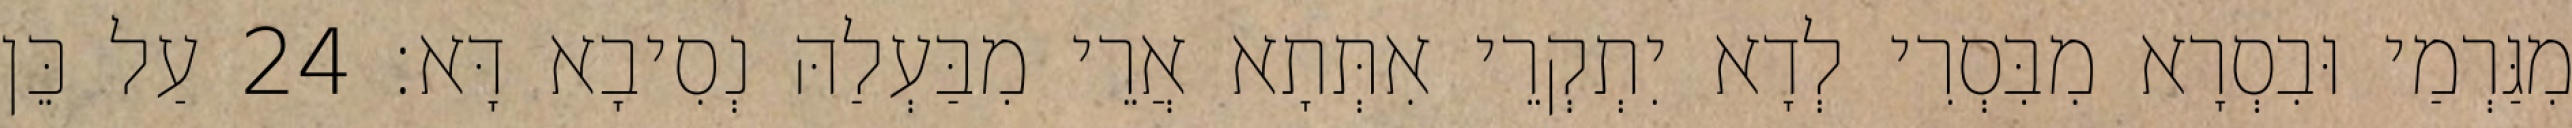
מִגַּרְמַי וּבִסְרָא מִבִּסְרִי לְדָא יִתְקְרֵי אִתְּתָא אֲרֵי מִבַּעְלַהּ נְסִיבָא דָּא׃ 24 עַל כֵּן